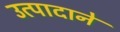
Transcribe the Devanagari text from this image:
उत्पादाने